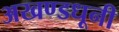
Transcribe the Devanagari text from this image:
अखण्डधूनी